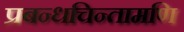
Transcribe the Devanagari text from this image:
प्रबन्धचिन्तामणि